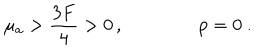
\mu _ { a } > { \frac { 3 F } { 4 } } > 0 \, , \qquad \qquad p = 0 \ .